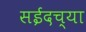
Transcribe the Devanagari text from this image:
सईदच्या